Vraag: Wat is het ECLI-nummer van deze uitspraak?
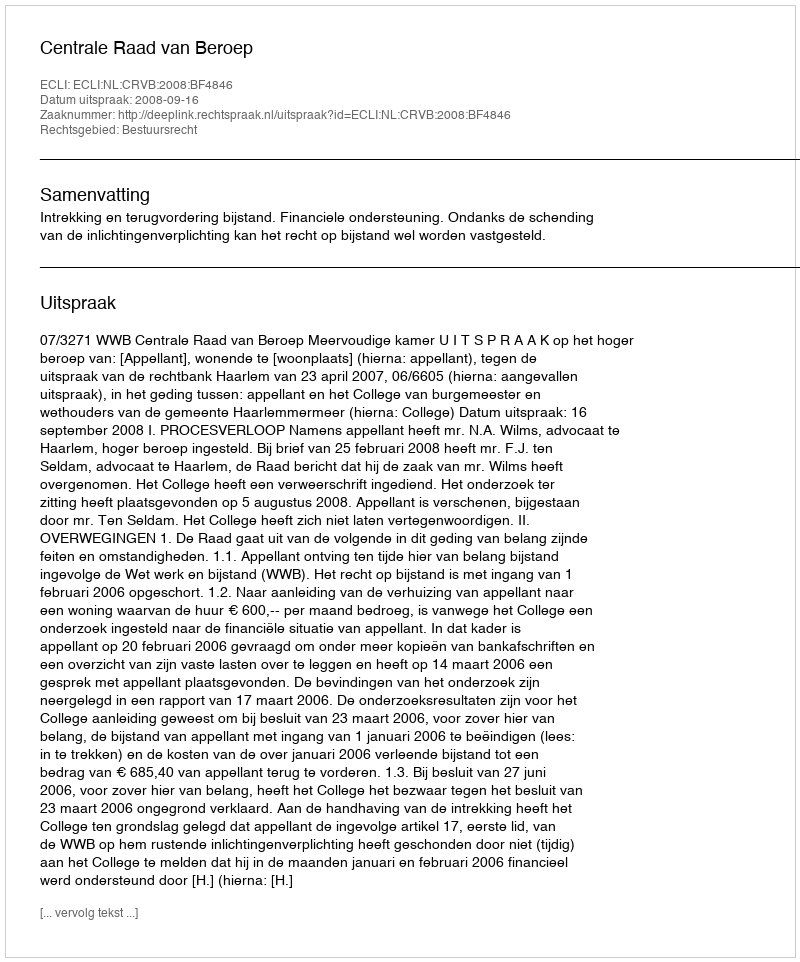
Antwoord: ECLI:NL:CRVB:2008:BF4846